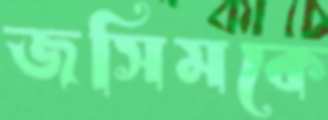
জসিমকে